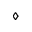
\diamond